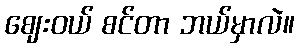
ဈေးဝယ် စင်တာ ဘယ်မှာလဲ။